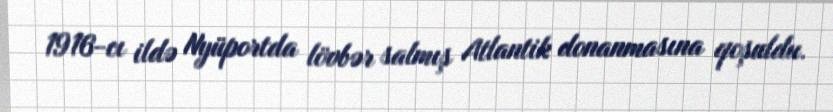
1916-cı ildə Nyüportda lövbər salmış Atlantik donanmasına qoşuldu.